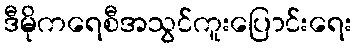
ဒီမိုကရေစီအသွင်ကူးပြောင်းရေး